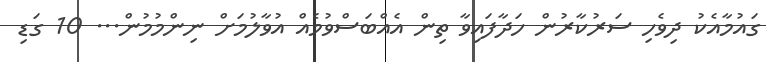
ގައުމާއެކު ދިވެހި ސަރުކާރުން ހަދާފައިވާ ތިން އެއްބަސްވުމެއް އުވާލުމަށް ނިންމުމުން... 10 ގަޑި